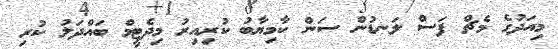
މިއަދުގެ މެޗް ފަސް ލަނޑުން ސަން ކާމިޔާބު ކުރިއިރު މިދެޓީމް ބައްދަލު ކުރި